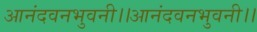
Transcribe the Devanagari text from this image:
आनंदवनभुवनी।।आनंदवनभुवनी।।